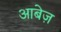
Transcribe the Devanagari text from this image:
आबेज़